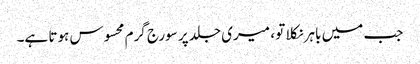
جب میں باہر نکلا تو ، میری جلد پر سورج گرم محسوس ہوتا ہے۔